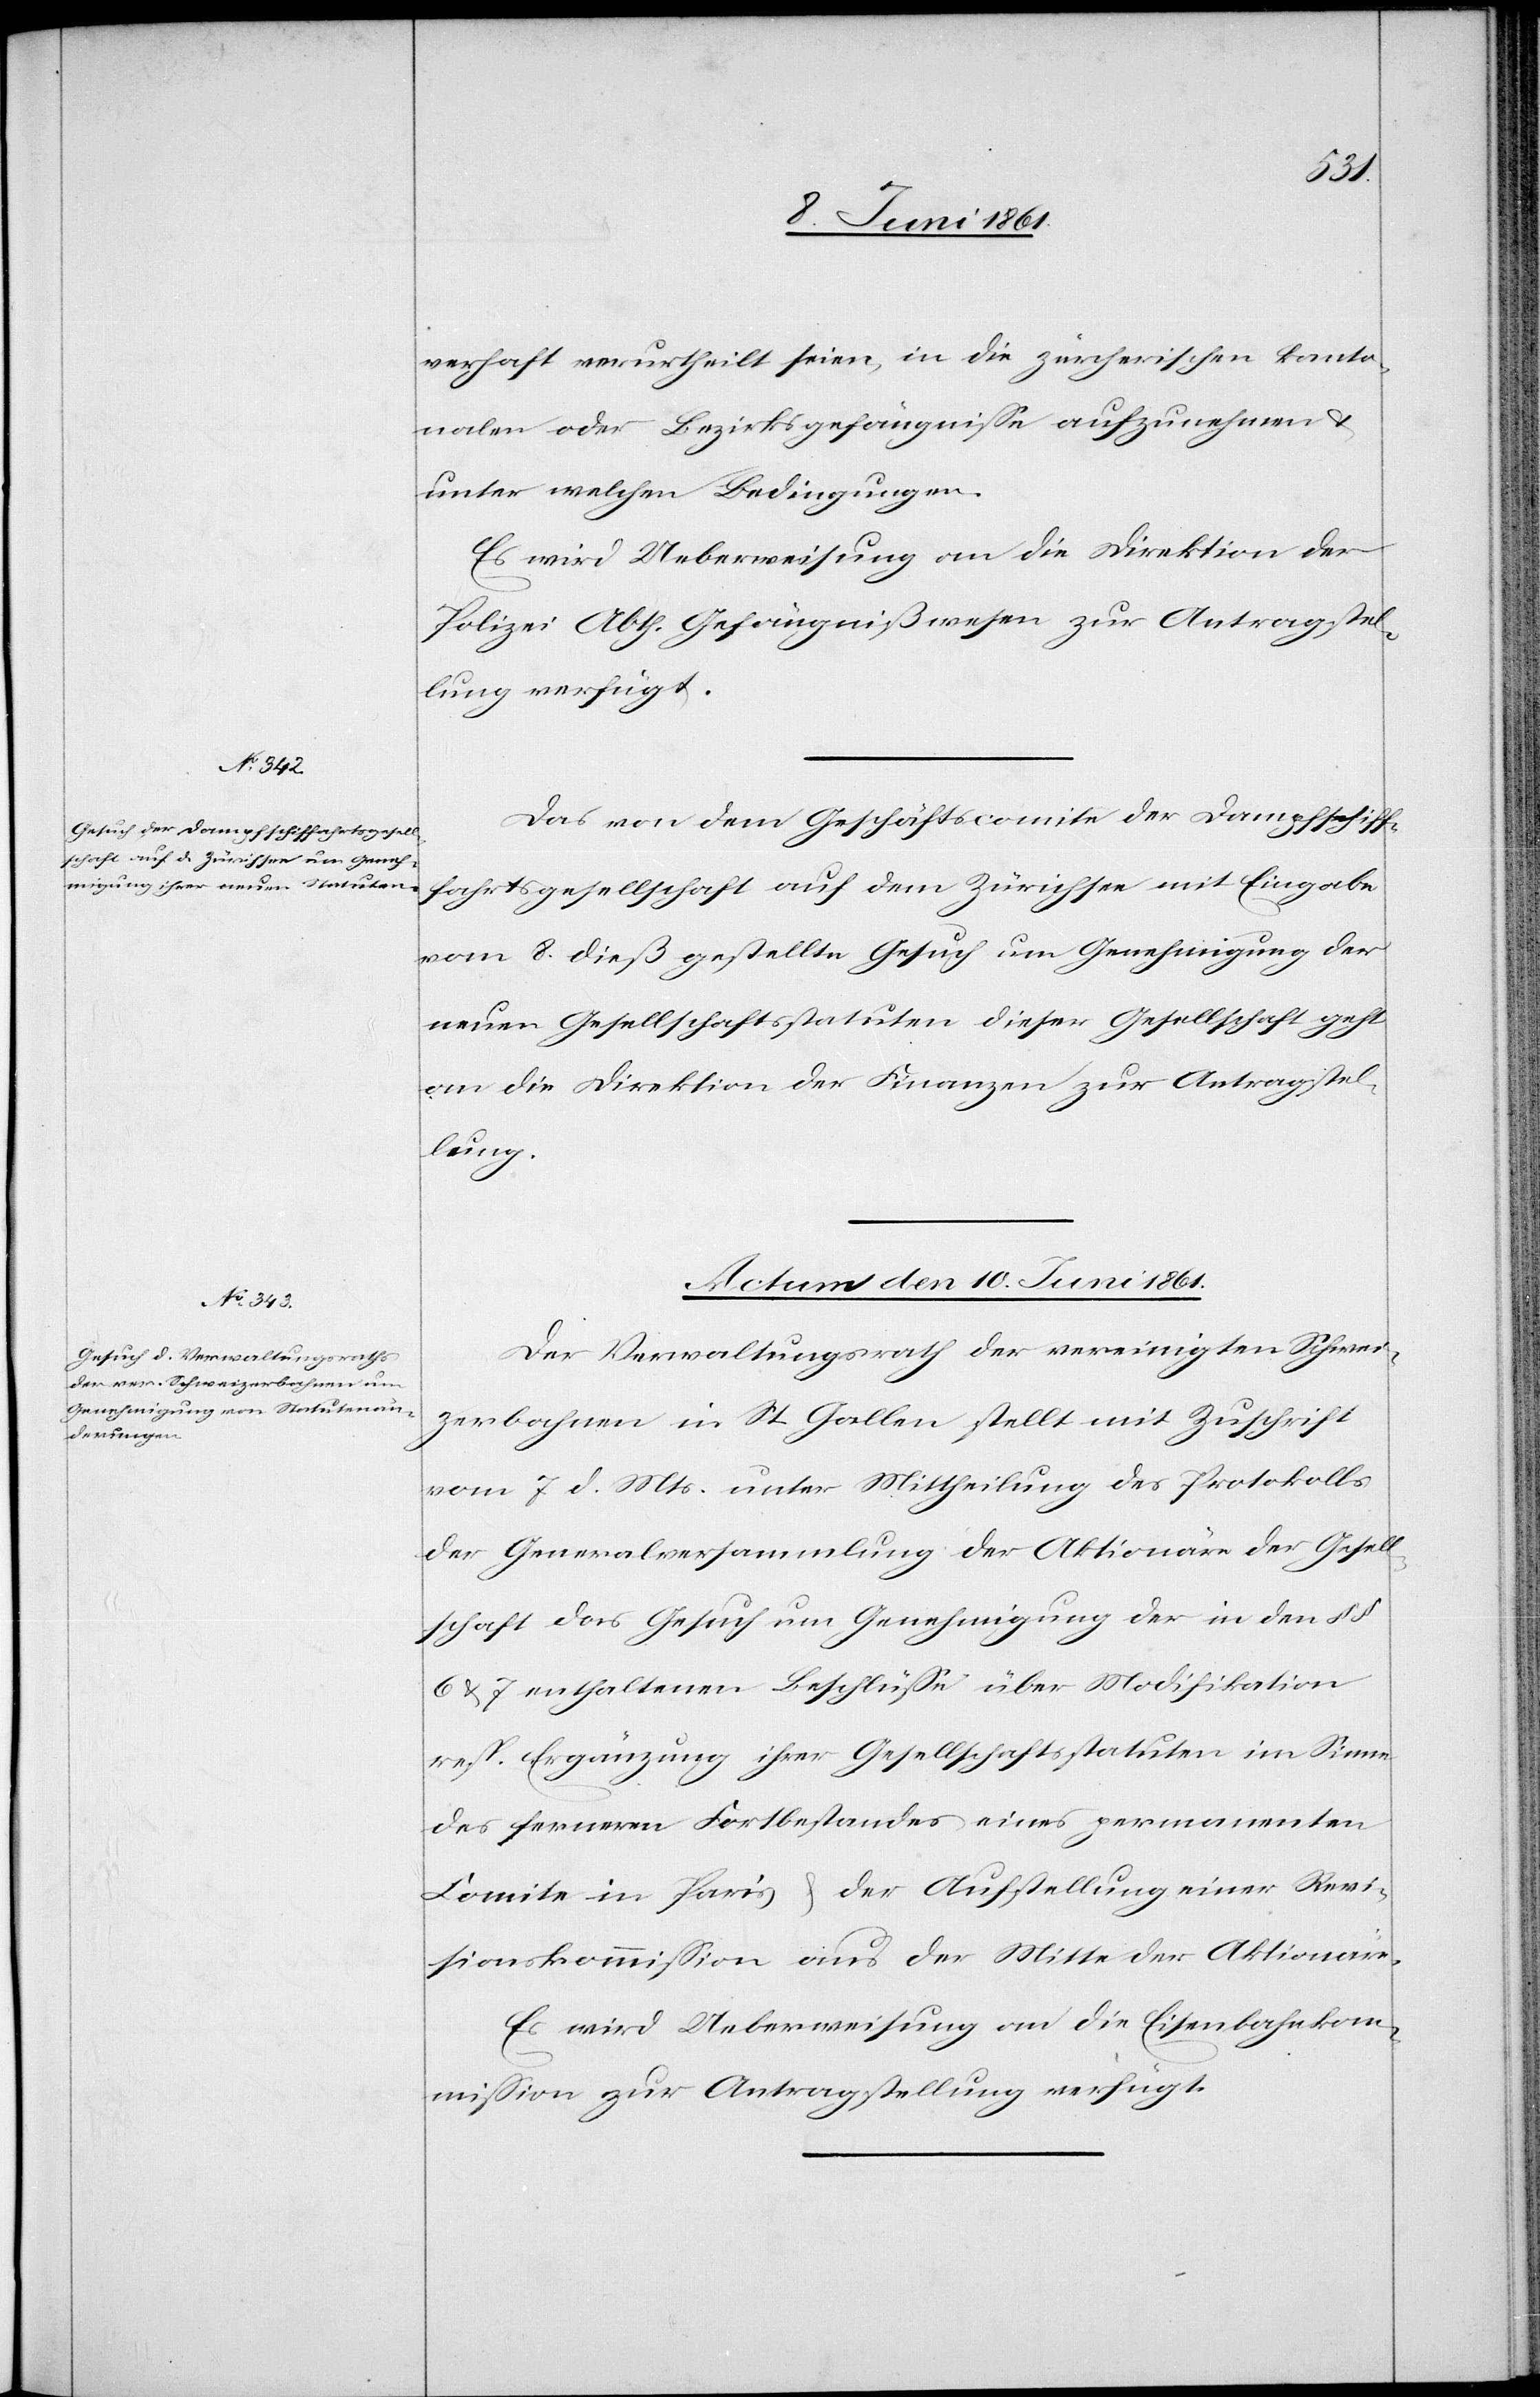
verhaft verurtheilt seien, in die zürcherischen kanto¬
nalen oder Bezirksgefängnisse aufzunehmen u.
unter welchen Bedingungen.
Es wird Ueberweisung an die Direktion der
Polizei Abth. Gefängnißwesen zur Antragstel¬
lung verfügt.
Das von dem Geschäftscomite der Dampfschif¬
fahrtsgesellschaft auf dem Zürichsee mit Eingabe
vom 8. dieß gestellte Gesuch um Genehmigung der
neuen Gesellschaftsstatuten dieser Gesellschaft geht
an die Direktion der Finanzen zur Antragstel¬
lung.
Actum den 10. Juni 1861.
Der Verwaltungsrath der vereinigten Schwei¬
zerbahnen in St. Gallen stellt mit Zuschrift
vom 7. d. Mts. unter Mittheilung des Protokolls
der Generalversammlung der Aktionäre der Gesell¬
schaft das Gesuch um Genehmigung der in den §§
6 u. 7 enthaltenen Beschlüsse über Modifikation
resp. Ergänzung ihrer Gesellschaftsstatuten im Sinne
des ferneren Fortbestandes eines permanenten
Comite in Paris u. der Aufstellung einer Revi¬
sionskommission aus der Mitte der Aktionäre.
Es wird Ueberweisung an die Eisenbahnkom¬
mission zur Antragstellung verfügt.